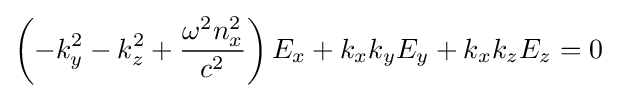
\left(-k_{y}^{2}-k_{z}^{2}+{\frac {\omega ^{2}n_{x}^{2}}{c^{2}}}\right)E_{x}+k_{x}k_{y}E_{y}+k_{x}k_{z}E_{z}=0